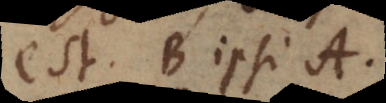
est B ipsi A.